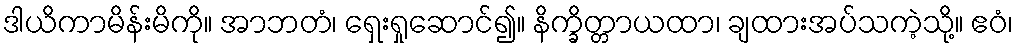
ဒါယိကာမိန်းမိကို။ အာဘတံ၊ ရှေးရှုဆောင်၍။ နိက္ခိတ္တာယထာ၊ ချထားအပ်သကဲ့သို့။ ဧဝံ၊